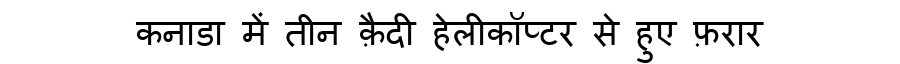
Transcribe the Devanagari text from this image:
कनाडा में तीन क़ैदी हेलीकॉप्टर से हुए फ़रार